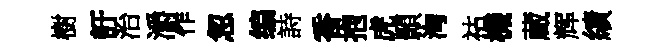
樹訏治灂作忽编詩香抱虎顥洶祜機蔵辉績